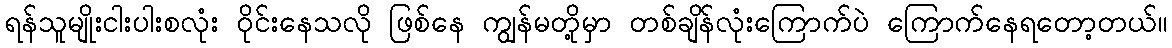
ရန်သူမျိုးငါးပါးစလုံး ဝိုင်းနေသလို ဖြစ်နေ ကျွန်မတို့မှာ တစ်ချိန်လုံးကြောက်ပဲ ကြောက်နေရတော့တယ်။